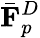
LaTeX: \bar{\mathbf{F}}_{p}^{D}